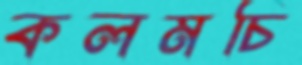
কলমচি